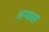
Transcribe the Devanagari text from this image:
अग्वास